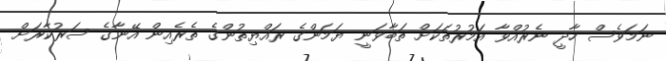
ނަމަވެސް ހާދީ ނެރުއްވާ އަމުރުތަކަށް ތަބާވަނީ ޔަމަންގެ ރައްޔިތުންގެ ތެރެއިން އޭނާގެ ސަރުކާރަށް